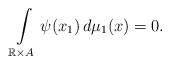
LaTeX: \begin{align*}\int\limits_{\mathbb{R}\times A} \psi(x_1)\,d\mu_1(x) = 0.\end{align*}